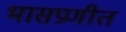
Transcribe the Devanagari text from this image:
भासप्रणीत